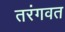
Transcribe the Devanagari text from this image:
तरंगवत